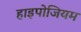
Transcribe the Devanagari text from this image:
हाइपोजियम